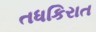
તધકિરાત